Scottish Leaving Certificate Examination, 1956
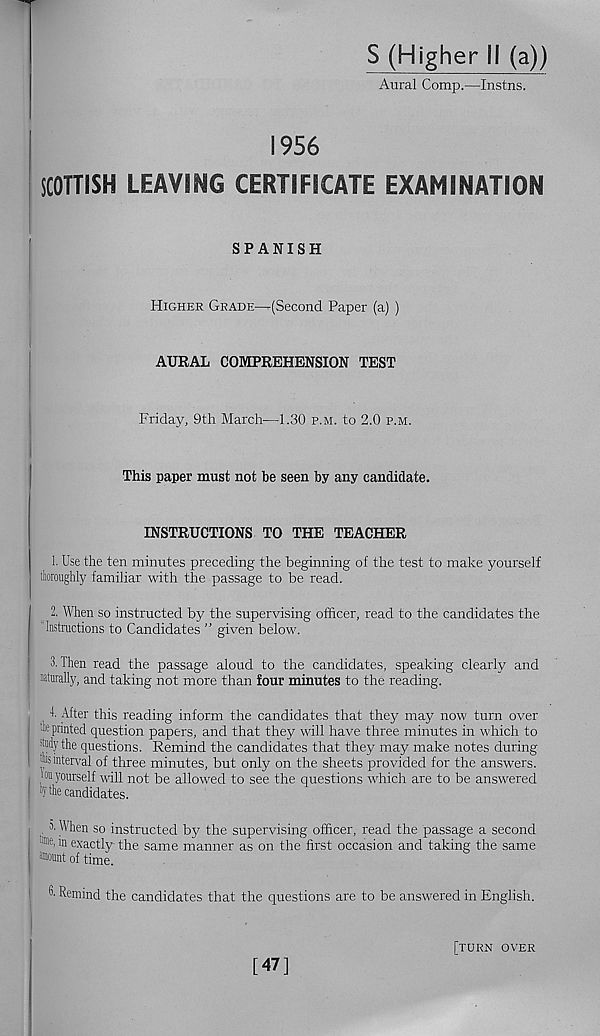
S (Higher II (a))
Aural Comp.—Instns.
1956
SCOTTISH LEAVING CERTIFICATE EXAMINATION
SPANISH
Higher Grade—(Second Paper (a) )
AURAL COMPREHENSION TEST
Friday, 9th March—1.30 p.m. to 2.0 p.m.
This paper must not be seen by any candidate.
INSTRUCTIONS TO THE TEACHER
1. Use the ten minutes preceding the beginning of the test to make yourself
thoroughly familiar with the passage to be read.
2. When so instructed by the supervising officer, read to the candidates the
"Instructions to Candidates ” given below.
3. Then read the passage aloud to the candidates, speaking clearly and
naturally, and taking not more than four minutes to the reading.
T After this reading inform the candidates that they may now turn over
* printed question papers, and that they will have three minutes in which to
•uidy the questions. Remind the candidates that they may make notes during
!, 5 interval of three minutes, but only on the sheets provided for the answers,
'w yourself will not be allowed to see the questions which are to be answered
A the candidates.
3. When so instructed by the supervising officer, read the passage a second
'® e , in exactly the same manner as on the first occasion and taking the same
^Diount of time.
Remind the candidates that the questions are to be answered in English.
[47]
[turn over